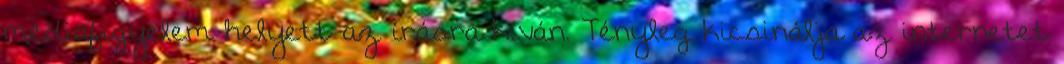
médiafigyelem helyett az írásra kíván. Tényleg kicsinálja az internetet